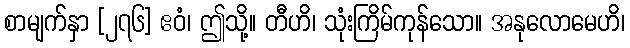
စာမျက်နှာ [၂၇၆] ဧဝံ၊ ဤသို့။ တီဟိ၊ သုံးကြိမ်ကုန်သော။ အနုလောမေဟိ၊